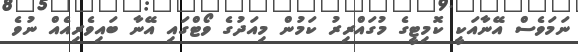
ނަމަވެސް އޭނާއަކީ ކޮމިޓީގެ މުގައްރިރު ކަމުން މިއަދުގެ ވޯޓްގައި އޭނާ ބައިވެރިއެއް ނުވެ